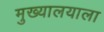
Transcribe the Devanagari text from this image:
मुख्यालयाला